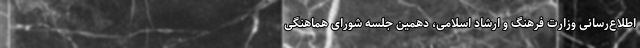
اطلاع‌رسانی وزارت فرهنگ و ارشاد اسلامی، دهمین جلسه شورای هماهنگی